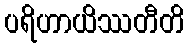
ပရိဟာယိဿတီတိ